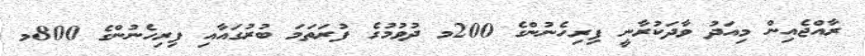
ރާއްޖެއިން މިއަދު ވާދަކުރާނީ ފިރިހެނުންގެ 200މ ދުވުމުގެ ފުރަތަމަ ބުރުގައާއި ފިރިހެނުންގެ 800މ